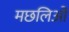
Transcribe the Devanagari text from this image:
मछलिओं